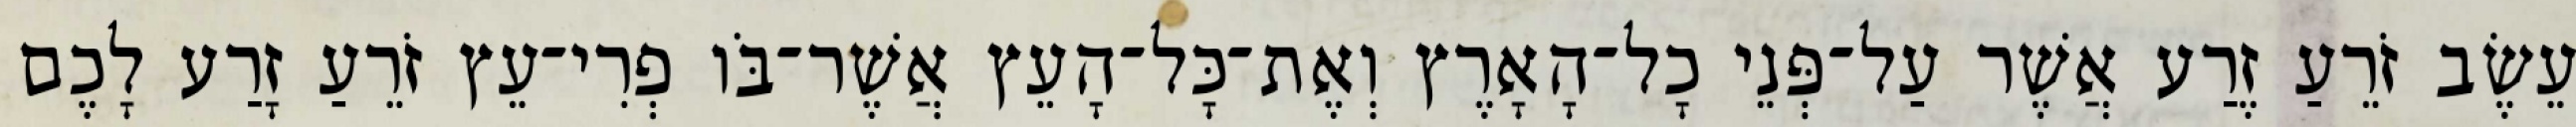
עֵשֶׂב זֹרֵעַ זֶרַע אֲשֶׁר עַל־פְּנֵי כָל־הָאָרֶץ וְאֶת־כָּל־הָעֵץ אֲשֶׁר־בֹּו פְרִי־עֵץ זֹרֵעַ זָרַע לָכֶם